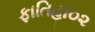
ફાતિહા૦૨